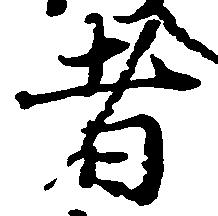
者